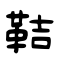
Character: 鞊